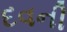
દવની